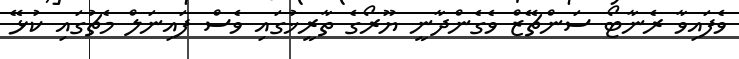
ވެފައިވާ ރެނާޓޯ ސަންޗޭޒް ވެގެންދާނީ ޔޫރޯގެ ތާރީޚުގައި ވެސް ފައިނަލް މެޗުގައި ކުޅޭ